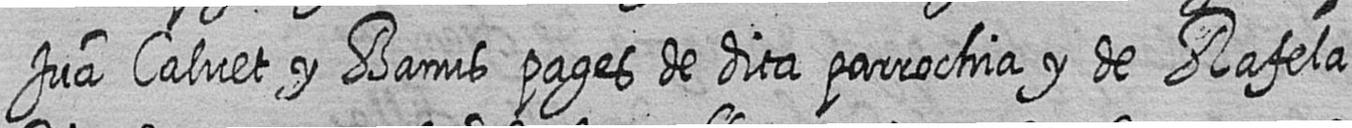
Jua Calvet y Banus pages de dita parrochia y de Rafela